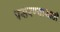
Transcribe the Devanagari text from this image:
पसरण्यासाठी